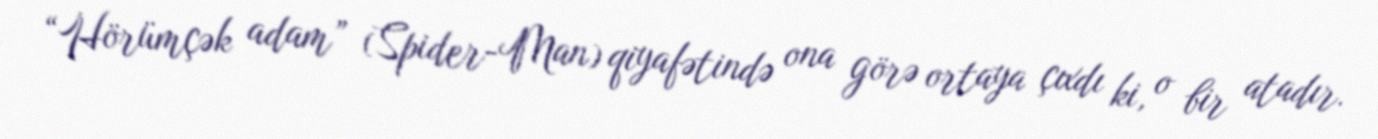
“Hörümçək adam” (Spider-Man) qiyafətində ona görə ortaya çıxdı ki, o bir atadır.